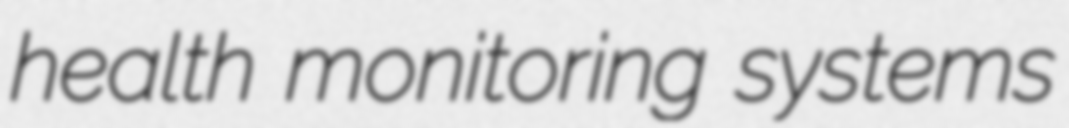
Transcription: health monitoring systems